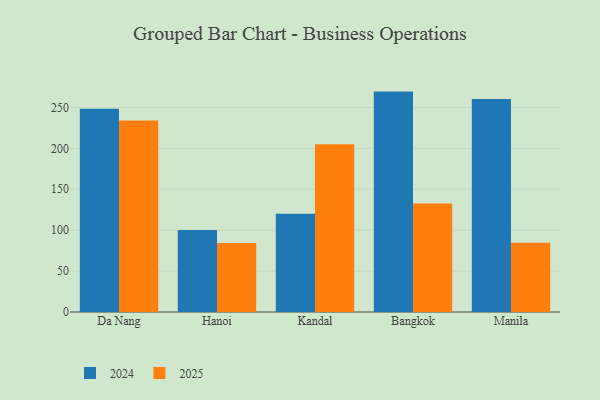
{"axis": {"x": "City", "y": "Tickets Resolved"}, "legend": ["2024", "2025"], "data": [{"x": "Da Nang", "y": 234.1, "type": "2025"}, {"x": "Da Nang", "y": 248.3, "type": "2024"}, {"x": "Hanoi", "y": 84.2, "type": "2025"}, {"x": "Hanoi", "y": 100.3, "type": "2024"}, {"x": "Kandal", "y": 204.9, "type": "2025"}, {"x": "Kandal", "y": 120.2, "type": "2024"}, {"x": "Bangkok", "y": 132.6, "type": "2025"}, {"x": "Bangkok", "y": 269.3, "type": "2024"}, {"x": "Manila", "y": 84.6, "type": "2025"}, {"x": "Manila", "y": 260.3, "type": "2024"}]}